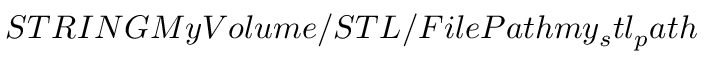
S T R I N G M y V o l u m e / S T L / F i l e P a t h m y _ { s } t l _ { p } a t h